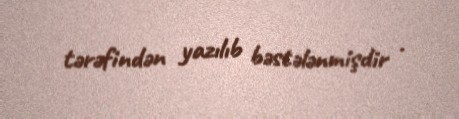
tərəfindən yazılıb bəstələnmişdir .